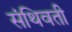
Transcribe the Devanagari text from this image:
संथिवती